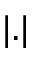
| . |